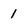
Character: 1